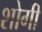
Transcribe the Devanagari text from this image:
शोगी